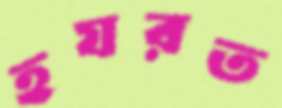
হযরত